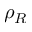
\rho _ { R }